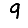
Digit: 9